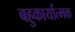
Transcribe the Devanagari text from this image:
बहुकार्यात्‍मक